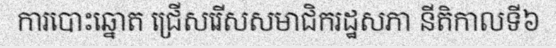
ការបោះឆ្នោត ជ្រើសរើសសមាជិករដ្ឋសភា នីតិកាលទី៦